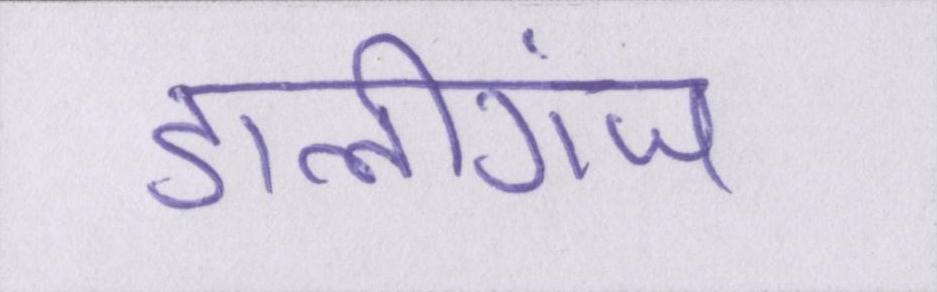
डालीगंज